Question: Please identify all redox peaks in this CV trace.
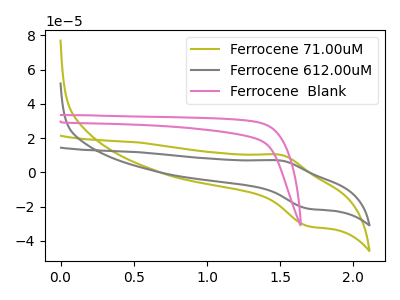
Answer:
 <answer>The olive curve "Ferrocene 71.00uM" has an anodic peak at (1.50V, 10.20uA) and a cathodic peak at (1.70V, -31.45uA). The gray curve "Ferrocene 612.00uM" has an anodic peak at (1.50V, 6.90uA) and a cathodic peak at (1.70V, -21.20uA). The pink curve "Ferrocene  Blank" has no peaks.</answer>
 <eval></eval>